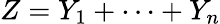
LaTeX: Z=Y_{1}+\cdots+Y_{n}